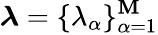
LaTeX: \boldsymbol{\lambda}=\{ \lambda_{\alpha}\} _{\alpha=1}^{\mathbf{M}}